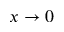
x \to 0